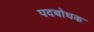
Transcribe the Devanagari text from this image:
पदबोधक